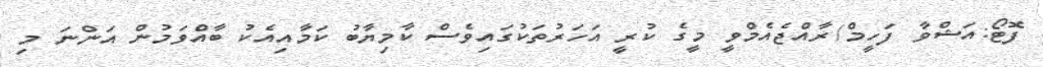
ފޮޓޯ:އަޝްވާ ފަހީމް/ރާއްޖެއެމްވީ މީގެ ކުރީ އަހަރުތަކުގައިވެސް ކާމިޔާބު ކަމާއިއެކު ބާއްވަމުން އަންނަ މި